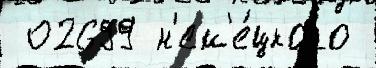
 02699 н'ем'е́цкого